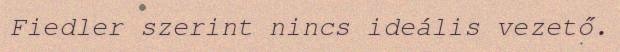
Fiedler szerint nincs ideális vezető.